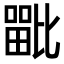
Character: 𭻦